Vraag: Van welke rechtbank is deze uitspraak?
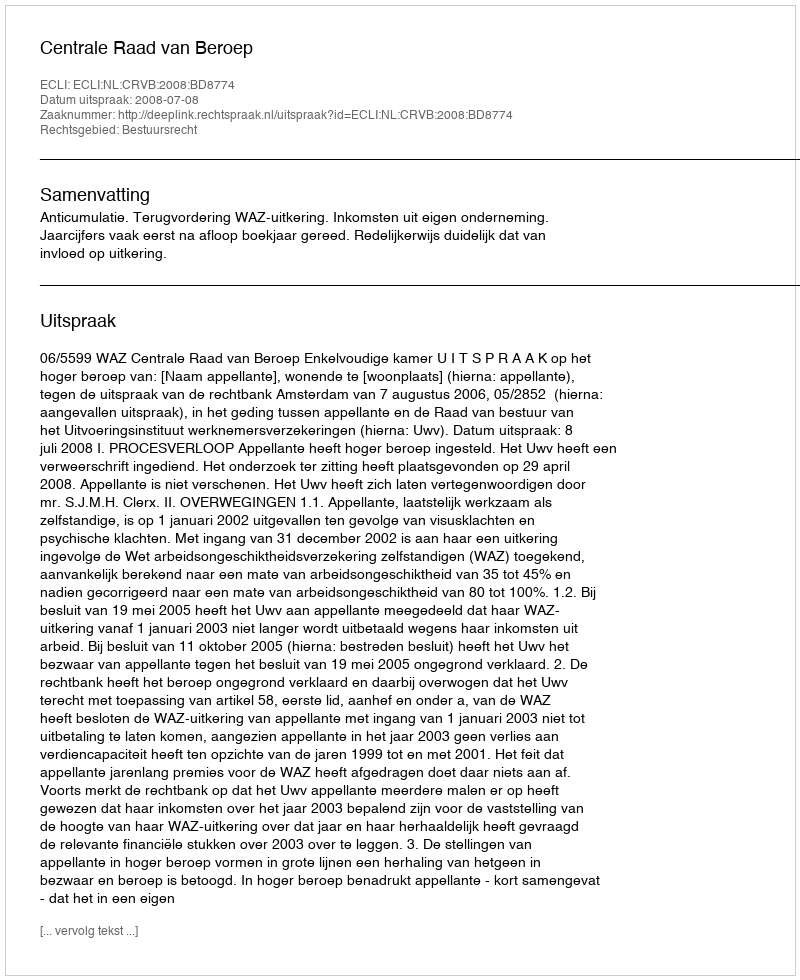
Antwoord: Centrale Raad van Beroep